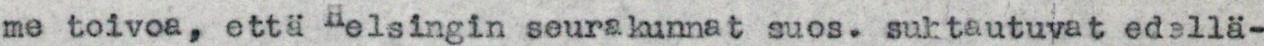
me toivoa, että Helsingin seurakunnat suos. suhtautuyat edellä-